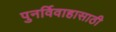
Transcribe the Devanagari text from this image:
पुनर्विवाहासाठी